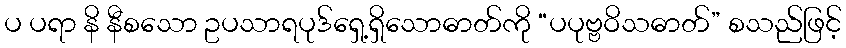
ပ ပရာ နိ နီစသော ဥပသာရပုဒ်ရှေ့ရှိသောဓာတ်ကို “ပပုဗ္ဗဝိသဓာတ်” စသည်ဖြင့်